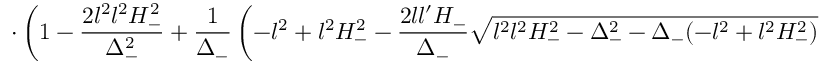
\cdot \left( 1 - \frac { 2 l ^ { 2 } l ^ { 2 } H _ { - } ^ { 2 } } { \Delta _ { - } ^ { 2 } } + \frac { 1 } { \Delta _ { - } } \left( - l ^ { 2 } + l ^ { 2 } H _ { - } ^ { 2 } - \frac { 2 l l ^ { \prime } H _ { - } } { \Delta _ { - } } \sqrt { l ^ { 2 } l ^ { 2 } H _ { - } ^ { 2 } - \Delta _ { - } ^ { 2 } - \Delta _ { - } ( - l ^ { 2 } + l ^ { 2 } H _ { - } ^ { 2 } ) } \right) \right) \Bigr \}